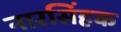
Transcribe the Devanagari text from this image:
नारसिंहक